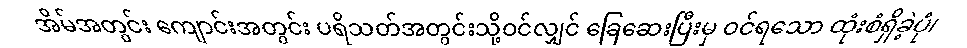
အိမ်အတွင်း ကျောင်းအတွင်း ပရိသတ်အတွင်းသို့ဝင်လျှင် ခြေဆေးပြီးမှ ဝင်ရသော ထုံးစံရှိခဲ့ပုံ၊